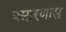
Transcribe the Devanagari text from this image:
प्रसारणास